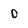
Character: 0